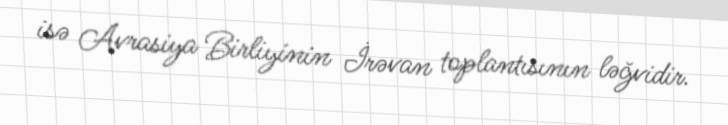
isə Avrasiya Birliyinin İrəvan toplantısının ləğvidir.